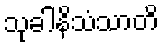
သုခါနိသံသာတိ